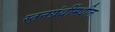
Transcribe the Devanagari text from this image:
स्तनग्रंथींमधील